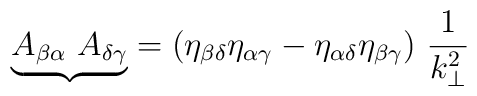
{\underbrace{A_{\beta\alpha}~A_{\delta\gamma}}}= \left(\eta_{\beta\delta}\eta_{\alpha\gamma} - \eta_{\alpha\delta}\eta_{\beta\gamma}\right)\,\frac{1}{k_\bot^2}